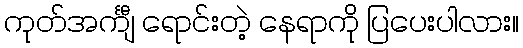
ကုတ်အင်္ကျီ ရောင်းတဲ့ နေရာကို ပြပေးပါလား။